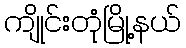
ကျိုင်းတုံမြို့နယ်